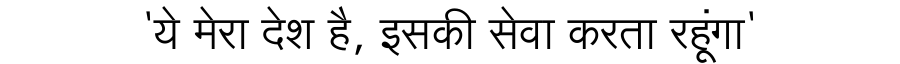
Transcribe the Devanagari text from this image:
'ये मेरा देश है, इसकी सेवा करता रहूंगा'